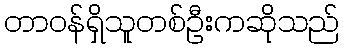
တာဝန်ရှိသူတစ်ဦးကဆိုသည်